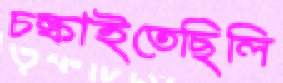
চল্‌কাইতেছিলি